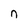
Character: n